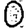
Digit: 0